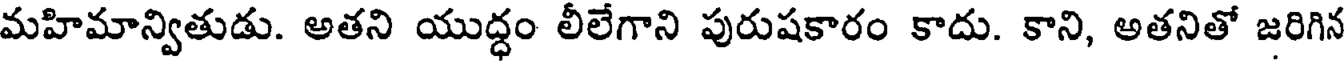
మహిమాన్వితుడు. అతని యుద్ధం లీలేగాని పురుషకారం కాదు. కాని, అతనితో జరిగిన